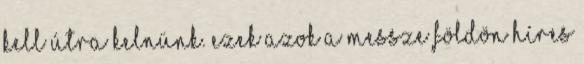
kell útra kelnünk. Ezek azok a messze földön híres